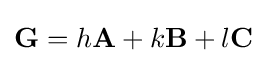
\mathbf {G} =h\mathbf {A} +k\mathbf {B} +l\mathbf {C}